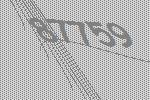
87759